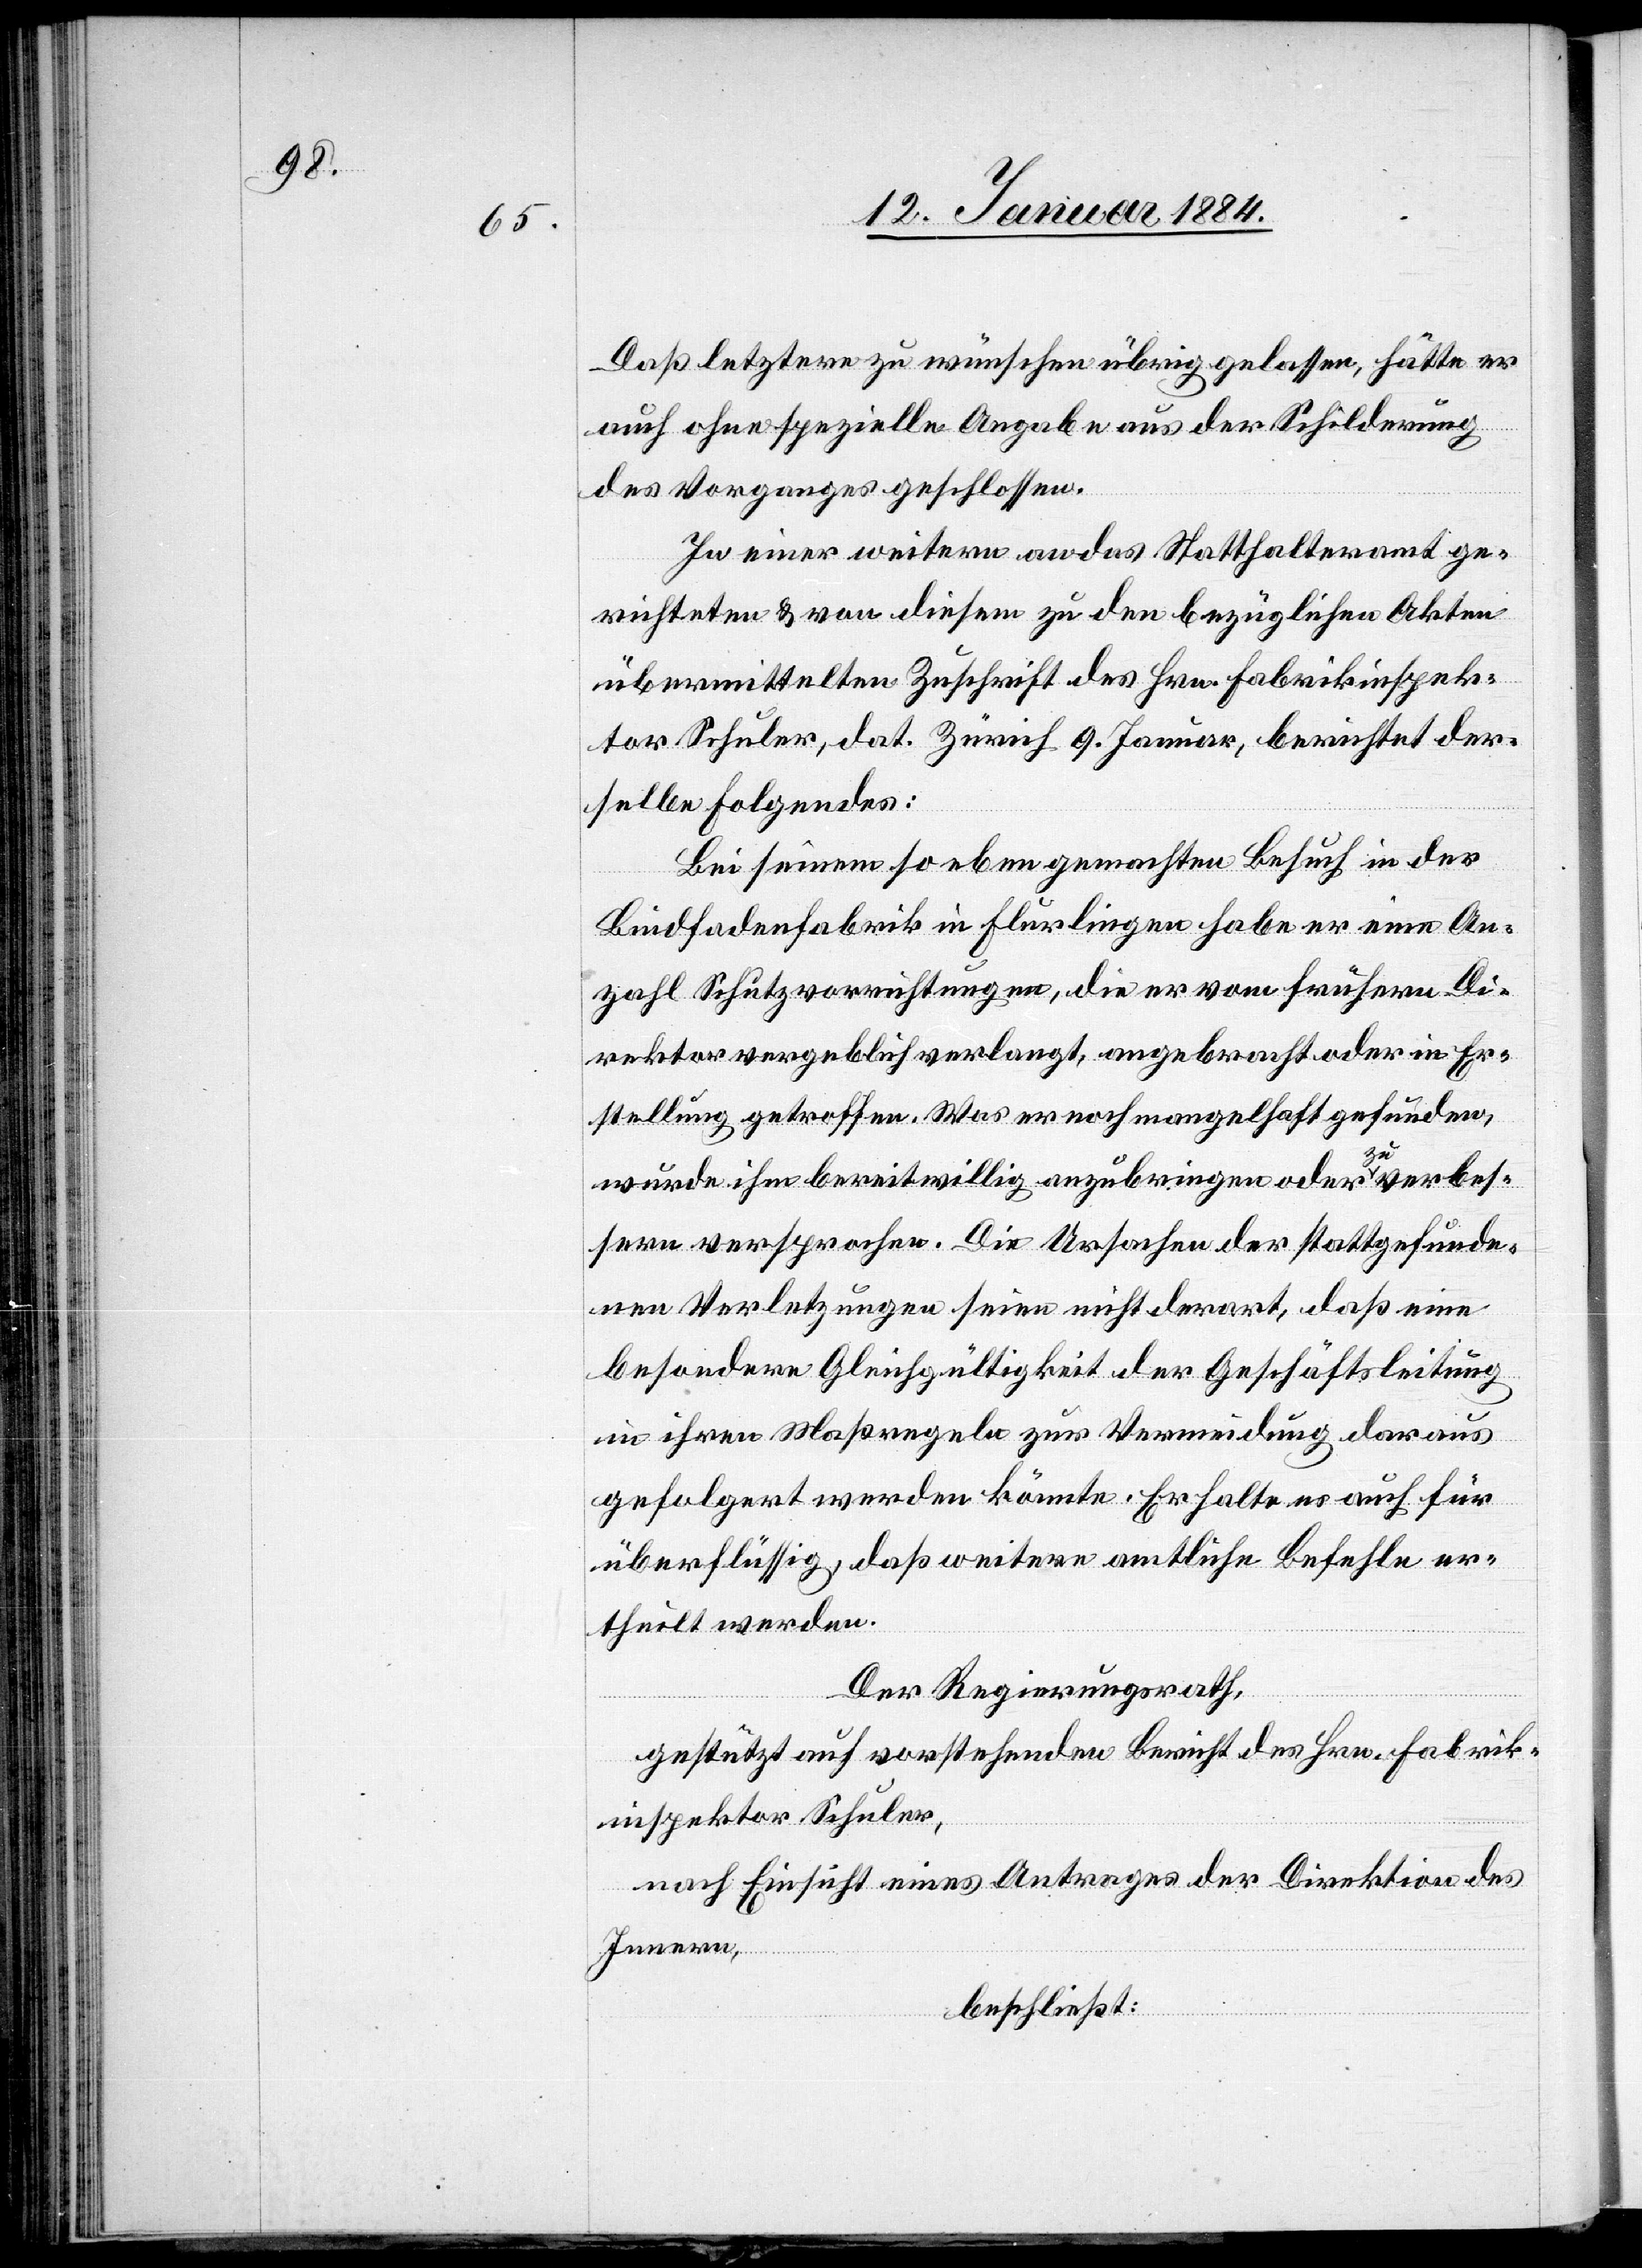
Daß letztere zu wünschen übrig gelassen, hätte er
auch ohne spezielle Angabe aus der Schilderung
des Vorganges geschlossen.
In einer weitern an das Statthalteramt ge¬
richteten & von diesem zu den bezüglichen Akten
übermittelten Zuschrift des Hrn. Fabrikinspek¬
tor Schuler, dat. Zürich 9. Januar, berichtet der¬
selbe Folgendes:
Bei seinem so eben gemachten Besuch in der
Bindfadenfabrik in Flurlingen habe er eine An¬
zahl Schutzvorrichtungen, die er vom frühern Di¬
rektor vergeblich verlangt, angebracht oder in Er¬
stellung getroffen. Was er noch mangelhaft gefunden,
wurde ihm breitwillig anzubringen oder zu verbes¬
sern versprochen. Die Ursachen der stattgefunde¬
nen Verletzungen seien nicht derart, daß eine
besondere Gleichgültigkeit der Geschäftsleitung
in ihren Maßregeln zur Vermeidung daraus
gefolgert werden könnte. Er halte es auch für
überflüssig, daß weitere amtliche Befehle er¬
theilt werden.
Der Regierungsrath,
gestützt auf vorstehenden Bericht des Hrn. Fabrik¬
inspektor Schuler,
nach Einsicht eines Antrages der Direktion des
Innern,
beschließt: